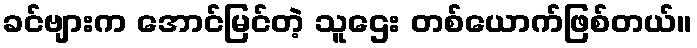
ခင်ဗျားက အောင်မြင်တဲ့ သူဌေး တစ်ယောက်ဖြစ်တယ်။